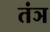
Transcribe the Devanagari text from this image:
तंञ